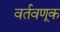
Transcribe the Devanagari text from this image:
वर्तवणूक